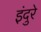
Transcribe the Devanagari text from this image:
इंदुरे